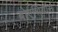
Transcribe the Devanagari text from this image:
बोएथियास